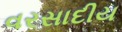
વરસાદીય